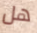
هل